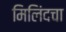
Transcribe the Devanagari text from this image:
मिलिंदचा